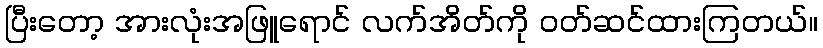
ပြီးတော့ အားလုံးအဖြူရောင် လက်အိတ်ကို ဝတ်ဆင်ထားကြတယ်။